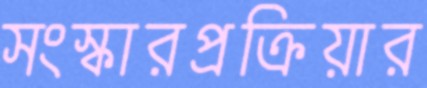
সংস্কারপ্রক্রিয়ার